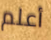
أعلم